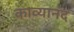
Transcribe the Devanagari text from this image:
काव्यानंद